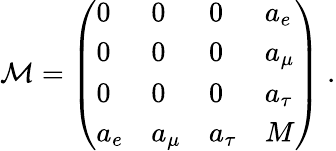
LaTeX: {\cal M}=\left(\begin{array}{llll}{{0}}&{{0}}&{{0}}&{{a_{e}}}\\ {{0}}&{{0}}&{{0}}&{{a_{\mu}}}\\ {{0}}&{{0}}&{{0}}&{{a_{\tau}}}\\ {{a_{e}}}&{{a_{\mu}}}&{{a_{\tau}}}&{{M}}\end{array}\right)\; .